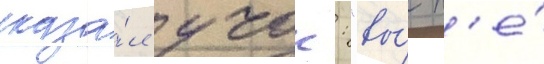
сказа́л учок: "вы́ н'е́